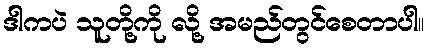
ဒါကပဲ သူတို့ကို လို့ အမည်တွင်စေတာပါ။